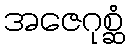
အဇေဂုစ္ဆံ